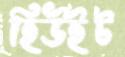
হিউইট